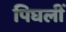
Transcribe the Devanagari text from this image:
पिघलीं